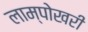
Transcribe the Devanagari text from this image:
लाम्पोखरी